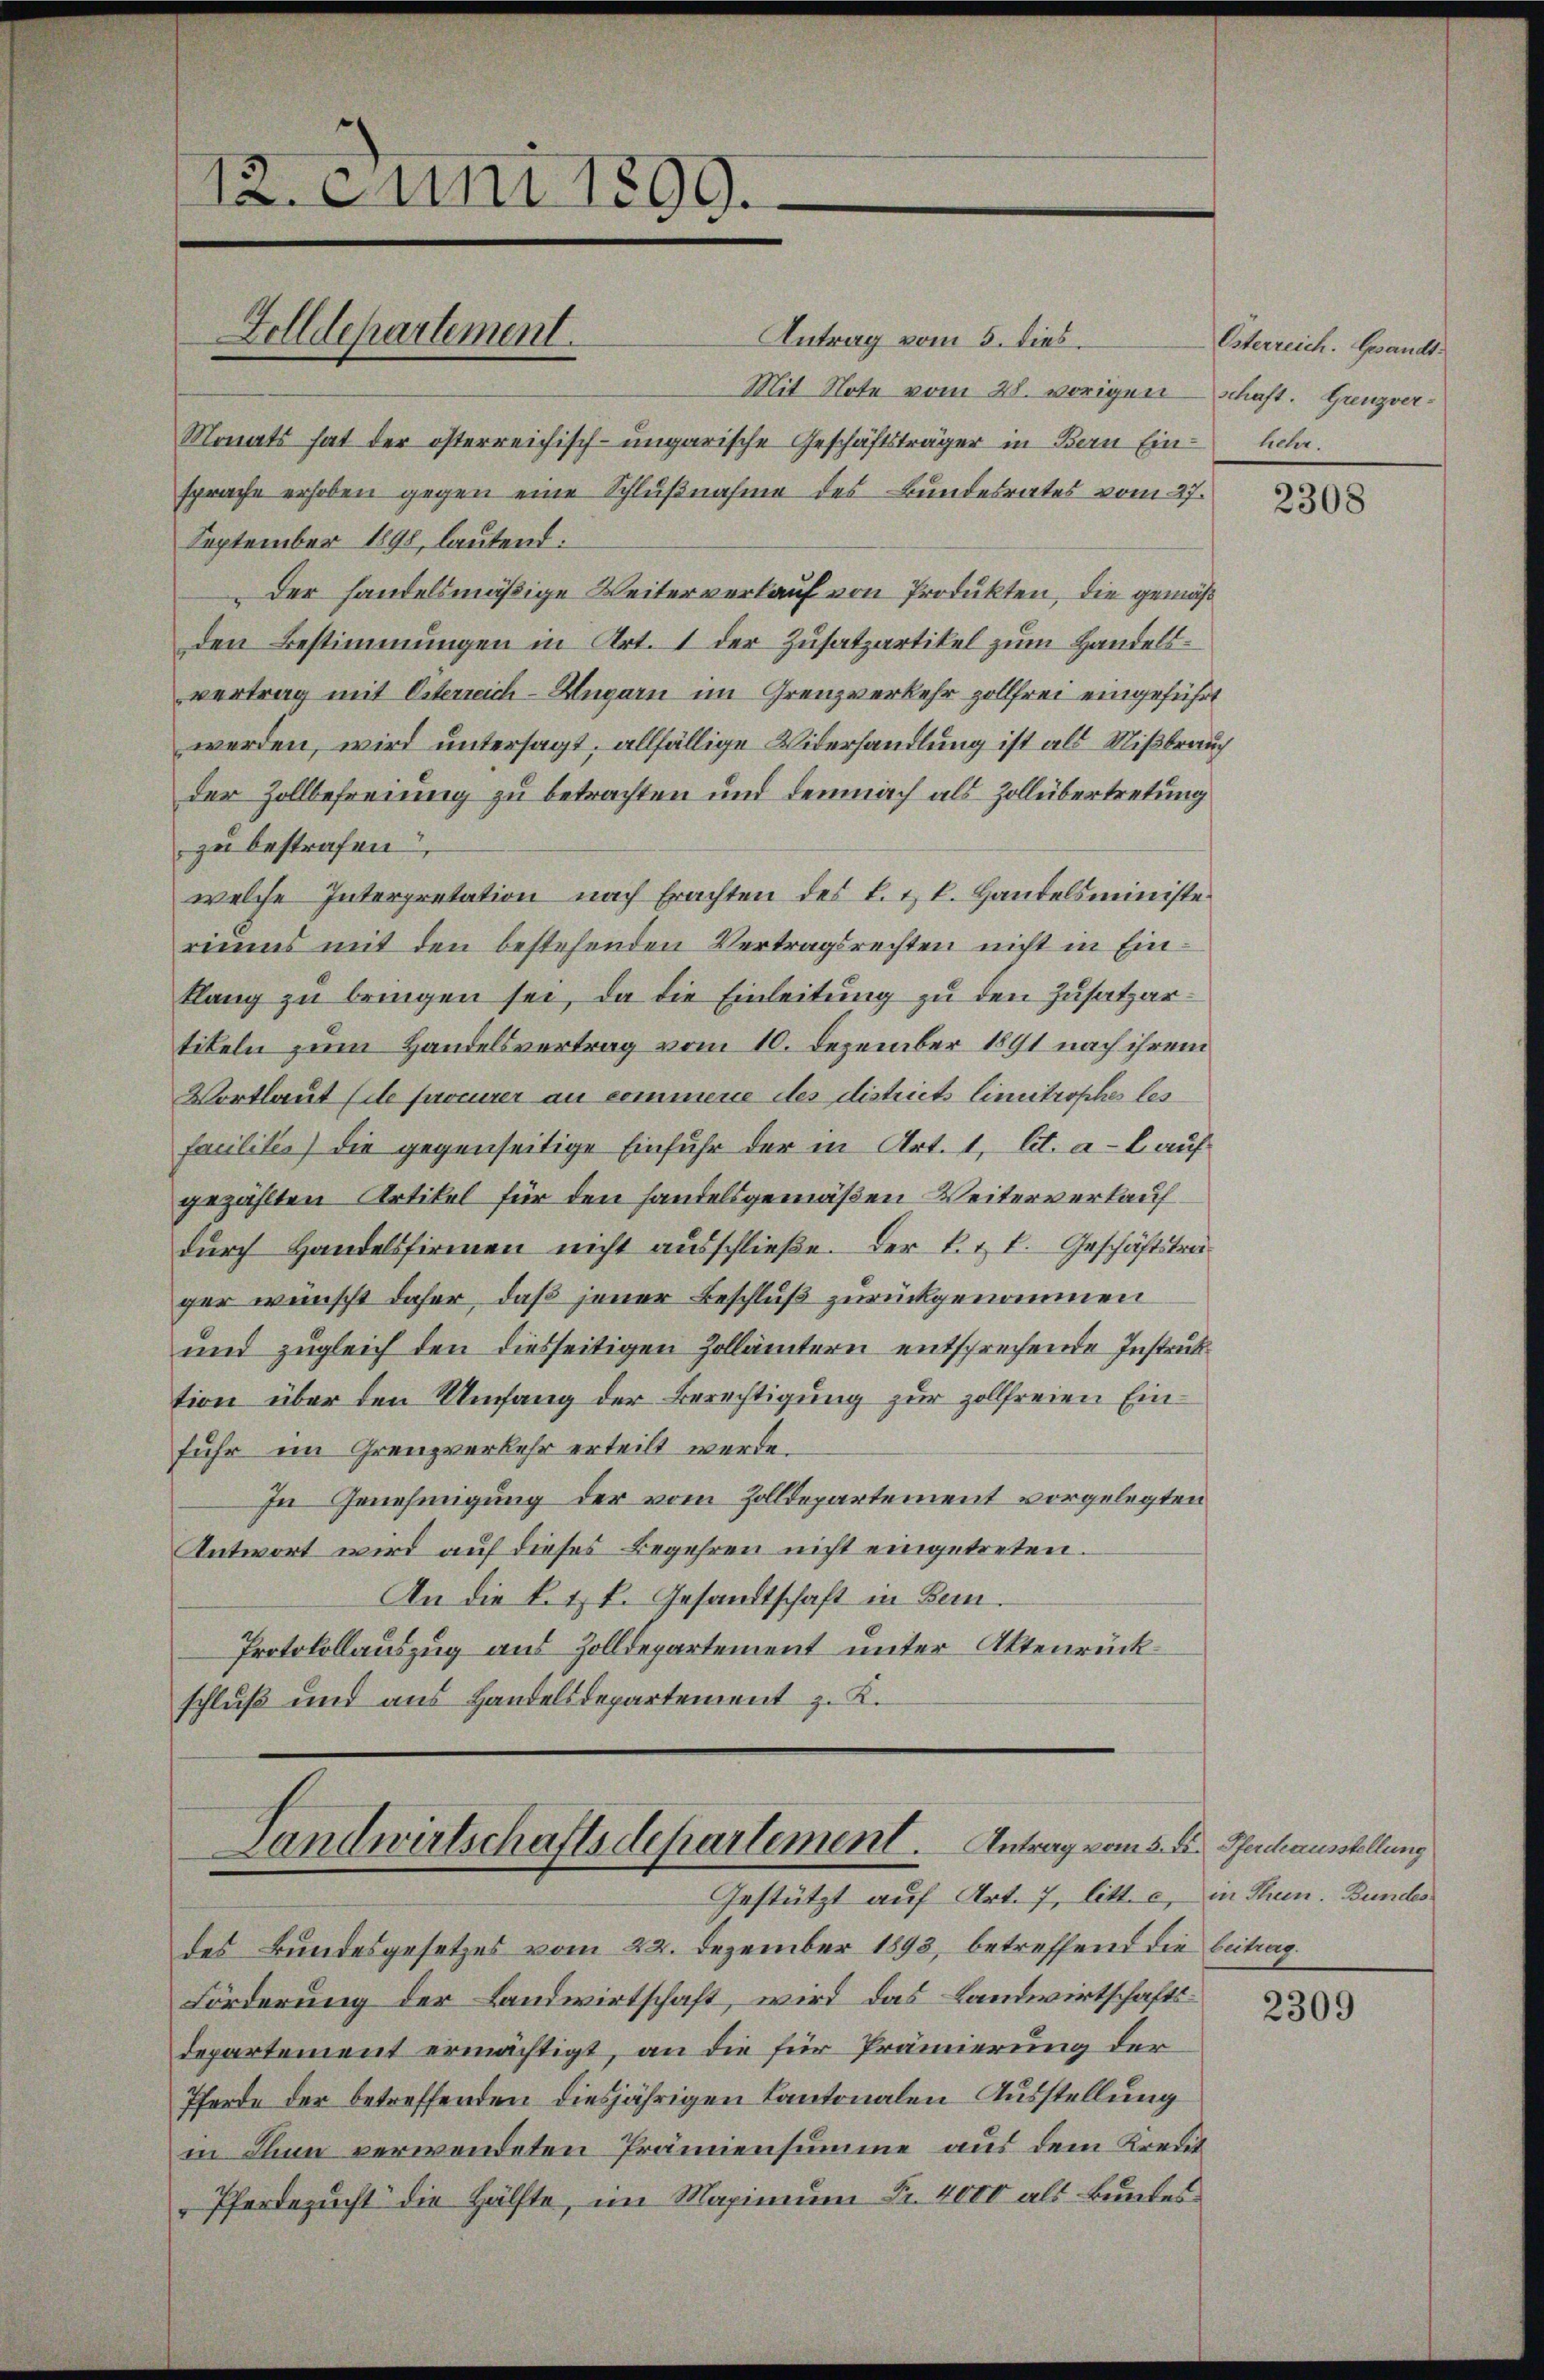
12. Juni 1899.
Felldepartement.

Antrag vom 5. dies
Mit Note vom 28. vorigen schaft. Grenzver¬
Monats hat der österreichisch-ungarische Geschäftsträger in Bern Einsprache erhoben gegen eine Schlußnahme des Bundesrates vom 27.
September 1898, lautend:
Der handelsmäßige Weiterverlauf von Produkten, die gemäß
den Bestimmungen in Art. 1 der Zusatzartikel zum Handelsvertrag mit Osterreich-Ungarn im Grenzverkehr zollfrei eingeführt
werden, wird untersagt, allfällige Widerhandlung ist als Nißbrauch
der Zollbefreiung zu betrachten und demnach als Zollübertretung
zu bestrafen,
welche Interpretation nach Erachten des L. u. k. Handelsministeriums mit den bestehenden Vertragsrechten nicht in Einklang zu bringen sei, da die Einleitung zu den Zusatzartikeln zum Handelsvertrag vom 10. Dezember 1891 nach ihrem
Wortlaut sie frommer an commene des districts limitrophes les
facilites) die gegenseitige Einfuhr der in Art. 1, lit. a. l. auf
gezählten Artikel für den handelsgemäßen Weiterverkauf
durch Handelsfirmen nicht ausschließe. Der k. k. k. Geschäftstrager wünscht daher, daß jener Beschluß zurückgenommen
und zugleich den diesseitigen Zollämtern entsprechende Instruktion über den Umfang der Berechtigung zur zollfreien Einfuhr im Grenzverkehr erteilt werde.
In Genehmigung der vom Zolldepartement vorgelegten
Antwort wird auf dieses Begehren nicht eingetreten.
An die L. t k. Gesandtschaft in Bern.
Protokollauszug aus Zolldepartement unter Aktenrückschluß und aus Handelsdepartement z. K.

Landwirtschaftsdepartement. Antrag vom 5. d. Pferdeausstellung
Gestützt auf Art. 7, litt. c, in Thun. Bundes

des Bundesgesetzes vom 22. Dezember 1893, betreffend die beitrag
Förderung der Landwirtschaft, wird das Landwirtschaftsdepartement ermächtigt, an die für Prämierung der
Thörde der betreffenden diesjährigen Kantonalen Ausstellung
in Thun verwendeten Prämiensumme aus dem Kredit
Pferdezucht die Hälfte, im Maximum Fr. 4000 als kundes

Österreich. Gesandthehr.

2308

2309